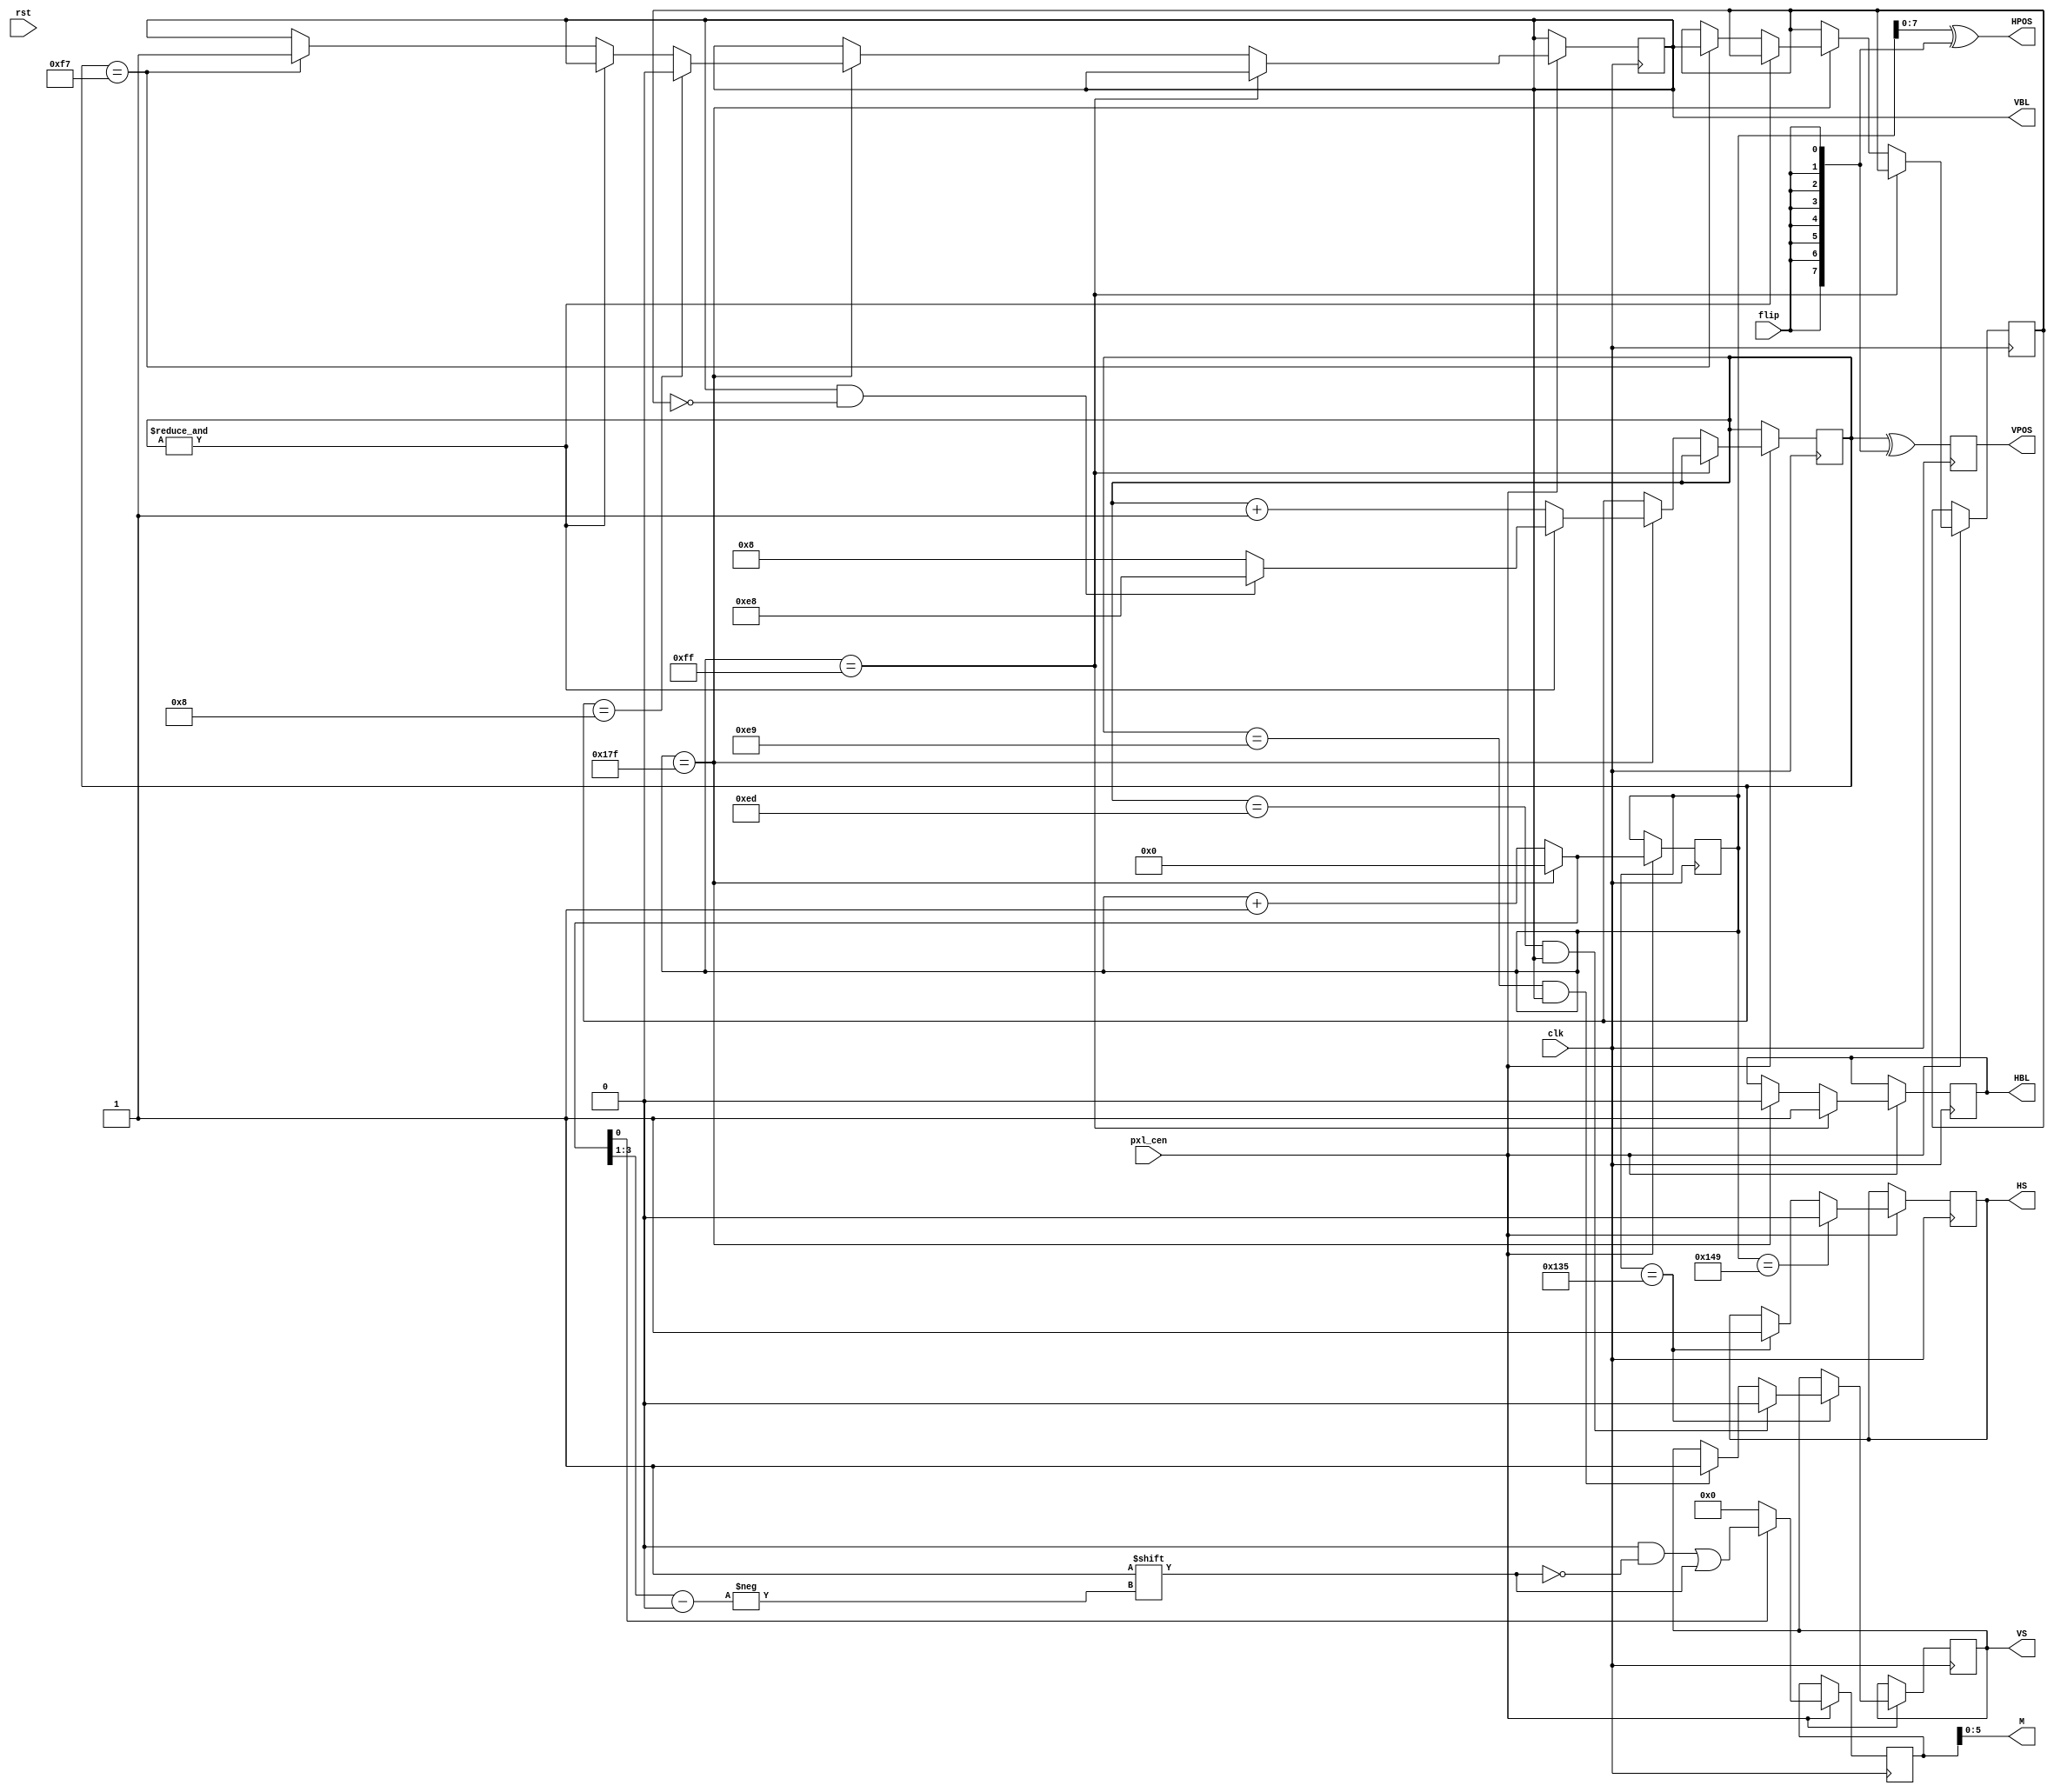
/*
  
   Multicore 2 / Multicore 2+
  
   Copyright (c) 2017-2020 - Victor Trucco

  
   All rights reserved
  
   Redistribution and use in source and synthezised forms, with or without
   modification, are permitted provided that the following conditions are met:
  
   Redistributions of source code must retain the above copyright notice,
   this list of conditions and the following disclaimer.
  
   Redistributions in synthesized form must reproduce the above copyright
   notice, this list of conditions and the following disclaimer in the
   documentation and/or other materials provided with the distribution.
  
   Neither the name of the author nor the names of other contributors may
   be used to endorse or promote products derived from this software without
   specific prior written permission.
  
   THIS CODE IS PROVIDED BY THE COPYRIGHT HOLDERS AND CONTRIBUTORS "AS IS"
   AND ANY EXPRESS OR IMPLIED WARRANTIES, INCLUDING, BUT NOT LIMITED TO,
   THE IMPLIED WARRANTIES OF MERCHANTABILITY AND FITNESS FOR A PARTICULAR
   PURPOSE ARE DISCLAIMED. IN NO EVENT SHALL THE AUTHOR OR CONTRIBUTORS BE
   LIABLE FOR ANY DIRECT, INDIRECT, INCIDENTAL, SPECIAL, EXEMPLARY, OR
   CONSEQUENTIAL DAMAGES (INCLUDING, BUT NOT LIMITED TO, PROCUREMENT OF
   SUBSTITUTE GOODS OR SERVICES; LOSS OF USE, DATA, OR PROFITS; OR BUSINESS
   INTERRUPTION) HOWEVER CAUSED AND ON ANY THEORY OF LIABILITY, WHETHER IN
   CONTRACT, STRICT LIABILITY, OR TORT (INCLUDING NEGLIGENCE OR OTHERWISE)
   ARISING IN ANY WAY OUT OF THE USE OF THIS SOFTWARE, EVEN IF ADVISED OF THE
   POSSIBILITY OF SUCH DAMAGE.
  
   You are responsible for any legal issues arising from your use of this code.
  
*//*  This file is part of JTDD.
    JTDD program is free software: you can redistribute it and/or modify
    it under the terms of the GNU General Public License as published by
    the Free Software Foundation, either version 3 of the License, or
    (at your option) any later version.

    JTDD program is distributed in the hope that it will be useful,
    but WITHOUT ANY WARRANTY; without even the implied warranty of
    MERCHANTABILITY or FITNESS FOR A PARTICULAR PURPOSE.  See the
    GNU General Public License for more details.

    You should have received a copy of the GNU General Public License
    along with JTDD.  If not, see <http://www.gnu.org/licenses/>.

    Author: Jose Tejada Gomez. Twitter: @topapate
    Version: 1.0
    Date: 2-12-2017 */

`timescale 1ns/1ps

module jtdd_timing(
    input              clk,
    input              rst,
    (*direct_enable*) input pxl_cen,
    input              flip,
    output reg [7:0]   VPOS=8'd0, // VPOS in schematics
    output     [7:0]   HPOS, // HPOS in schematics
    output reg         VBL=1'b0,
    output reg         HBL=1'b0,
    output reg         VS=1'b0,
    output reg         HS=1'b0,
    output     [5:0]   M       // *M in schematics, *M represents ~M
);

reg [8:0] hn=9'd0;
reg [7:0] vn=8'he0;
reg [7:0]  m;
wire hover = hn==9'd383;
wire [8:0] nextn = hover ? 9'd0 : hn+9'd1;
reg aux=1'b0;

always @(posedge clk) begin
    VPOS <= vn ^ {8{flip}};
end

assign M = m[5:0];
assign HPOS = hn[7:0] ^ {8{flip}};

wire [8:0] HS1 = 9'd245+((9'd383-9'd255)>>1);
wire [8:0] HS0 = 9'd265+((9'd383-9'd255)>>1);

always @(posedge clk) if(pxl_cen) begin
    // bus phases
    m  <= 8'd0;
    if( nextn[0] ) m[nextn[3:1]] <= 1'b1;
    // counters
    hn <= nextn;
    //HS <= hn==9'd255+((9'd383-9'd255)>>1); // middle of blanking
    if( hn==HS1 ) begin
        HS <= 1'b1;
        //VS <= vn==8'hef && VBL;
        if( vn==8'he9 && VBL ) VS <= 1'b1;
        if( vn==8'hed && VBL ) VS <= 1'b0;
    end
    if( hn==HS0 ) HS <= 1'b0;
    if( hn == 9'd255 ) begin
        HBL <= 1'b1;
    end else if( hover )begin
        HBL <= 1'b0;
        if( &vn ) begin
            vn <= (VBL&&!aux) ? 8'he8 : 8'h8;
        end else begin
            vn <= vn + 8'd1;
            if( vn == 8'hF7 ) begin
                VBL <= 1'b1;
                aux <= VBL;
            end
        end
        //if( vn == 8'hff && aux ) VBL <= 1'b0;
        if( vn == 8'h08 ) VBL <= 1'b0;
    end
end


endmodule